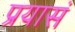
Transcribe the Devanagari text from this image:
प्रयासं